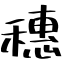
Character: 穗